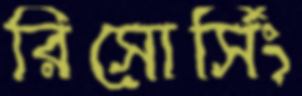
রিসোর্সিং